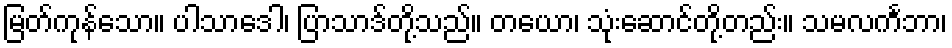
မြတ်ကုန်သော။ ပါသာဒေါ၊ ပြာသာဒ်တို့သည်။ တယော၊ သုံးဆောင်တို့တည်း။ သမလင်္ကဘာ၊